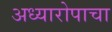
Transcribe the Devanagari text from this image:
अध्यारोपाचा